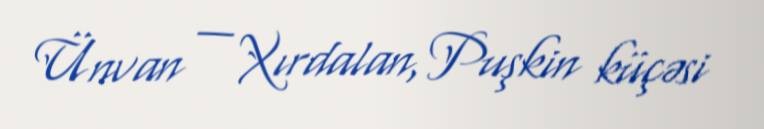
Ünvan — Xırdalan, Puşkin küçəsi